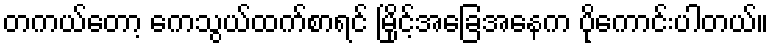
တကယ်တော့ ကေသွယ်ထက်စာရင် မြိုင့်အခြေအနေက ပိုကောင်းပါတယ်။